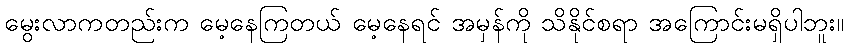
မွေးလာကတည်းက မေ့နေကြတယ် မေ့နေရင် အမှန်ကို သိနိုင်စရာ အကြောင်းမရှိပါဘူး။